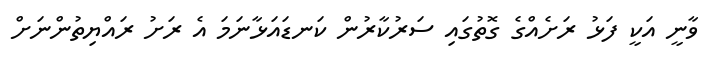
ވާނީ އަކީ ފަޅު ރަށެއްގެ ގޮތުގައި ސަރުކާރުން ކަނޑައަޅާނަމަ އެ ރަށު ރައްޔިތުންނަށް